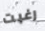
رغبت